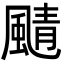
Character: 𩗼